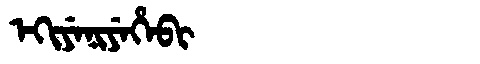
Manchu: ᡝᡴᡳᠶᡝᠨᡳᠶᡝᡥᡝᠪᡳ
Romanization: EKIYENIYEHEBI